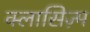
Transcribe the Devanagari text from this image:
क्लासिज़्म